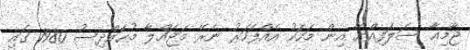
ޖާމިޢާ ސަލަފިއްޔާ އިން މަހަކު އެއްފަހަރު ނެރޭ މަޖައްލާ މުޙައްދިސު 1980 ގައި